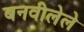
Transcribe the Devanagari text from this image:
बनवीलेले